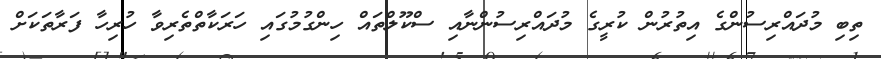
ތިބި މުދައްރިސުންގެ އިތުރުން ކުރީގެ މުދައްރިސުންނާއި ސްކޫލްތައް ހިންގުމުގައި ހަރަކާތްތެރިވާ ހުރިހާ ފަރާތަކަށް